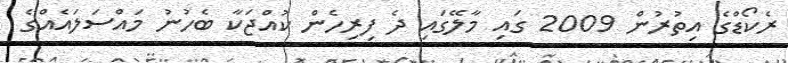
ރެކޯޑްގެ އިތުރުން 2009 ގައި މާލޭގައި ދެ ފިރިހެން ކުއްޖަކާ ބެހުނު މައްސަލައެއްގެ